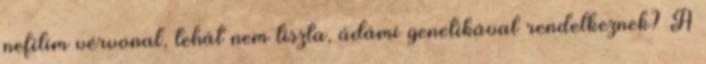
nefilim vérvonal, tehát nem tiszta, ádámi genetikával rendelkeznek? A